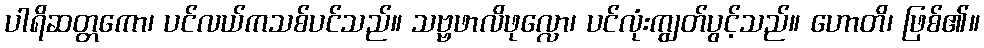
ပါရိဆတ္တကော၊ ပင်လယ်ကသစ်ပင်သည်။ သဗ္ဗဖာလိဖုလ္လော၊ ပင်လုံးကျွတ်ပွင့်သည်။ ဟောတိ၊ ဖြစ်၏။